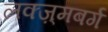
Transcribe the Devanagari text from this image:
लक्ज़्मबर्ग